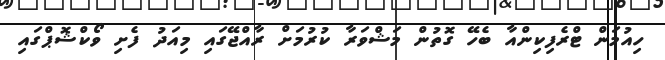
ހިއުމަން ޓްރެފިކިންއާ ބެހޭ ގޮތުން މަޝްވަރާ ކުރުމަށް ރާއްޖޭގައި މިއަދު ފެށި ވޯކްޝޮޕްގައި